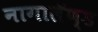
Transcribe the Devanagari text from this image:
नागालॅण्ड